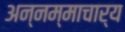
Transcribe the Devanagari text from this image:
अन्नम्माचार्य